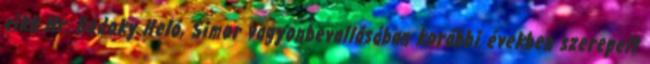
cikk Mr. Bodoky Heló, Simor vagyonbevallásában korábbi években szerepelt